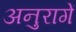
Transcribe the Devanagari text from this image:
अनुरागें